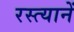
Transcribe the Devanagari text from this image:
रस्त्यानें